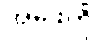
အဖေကို